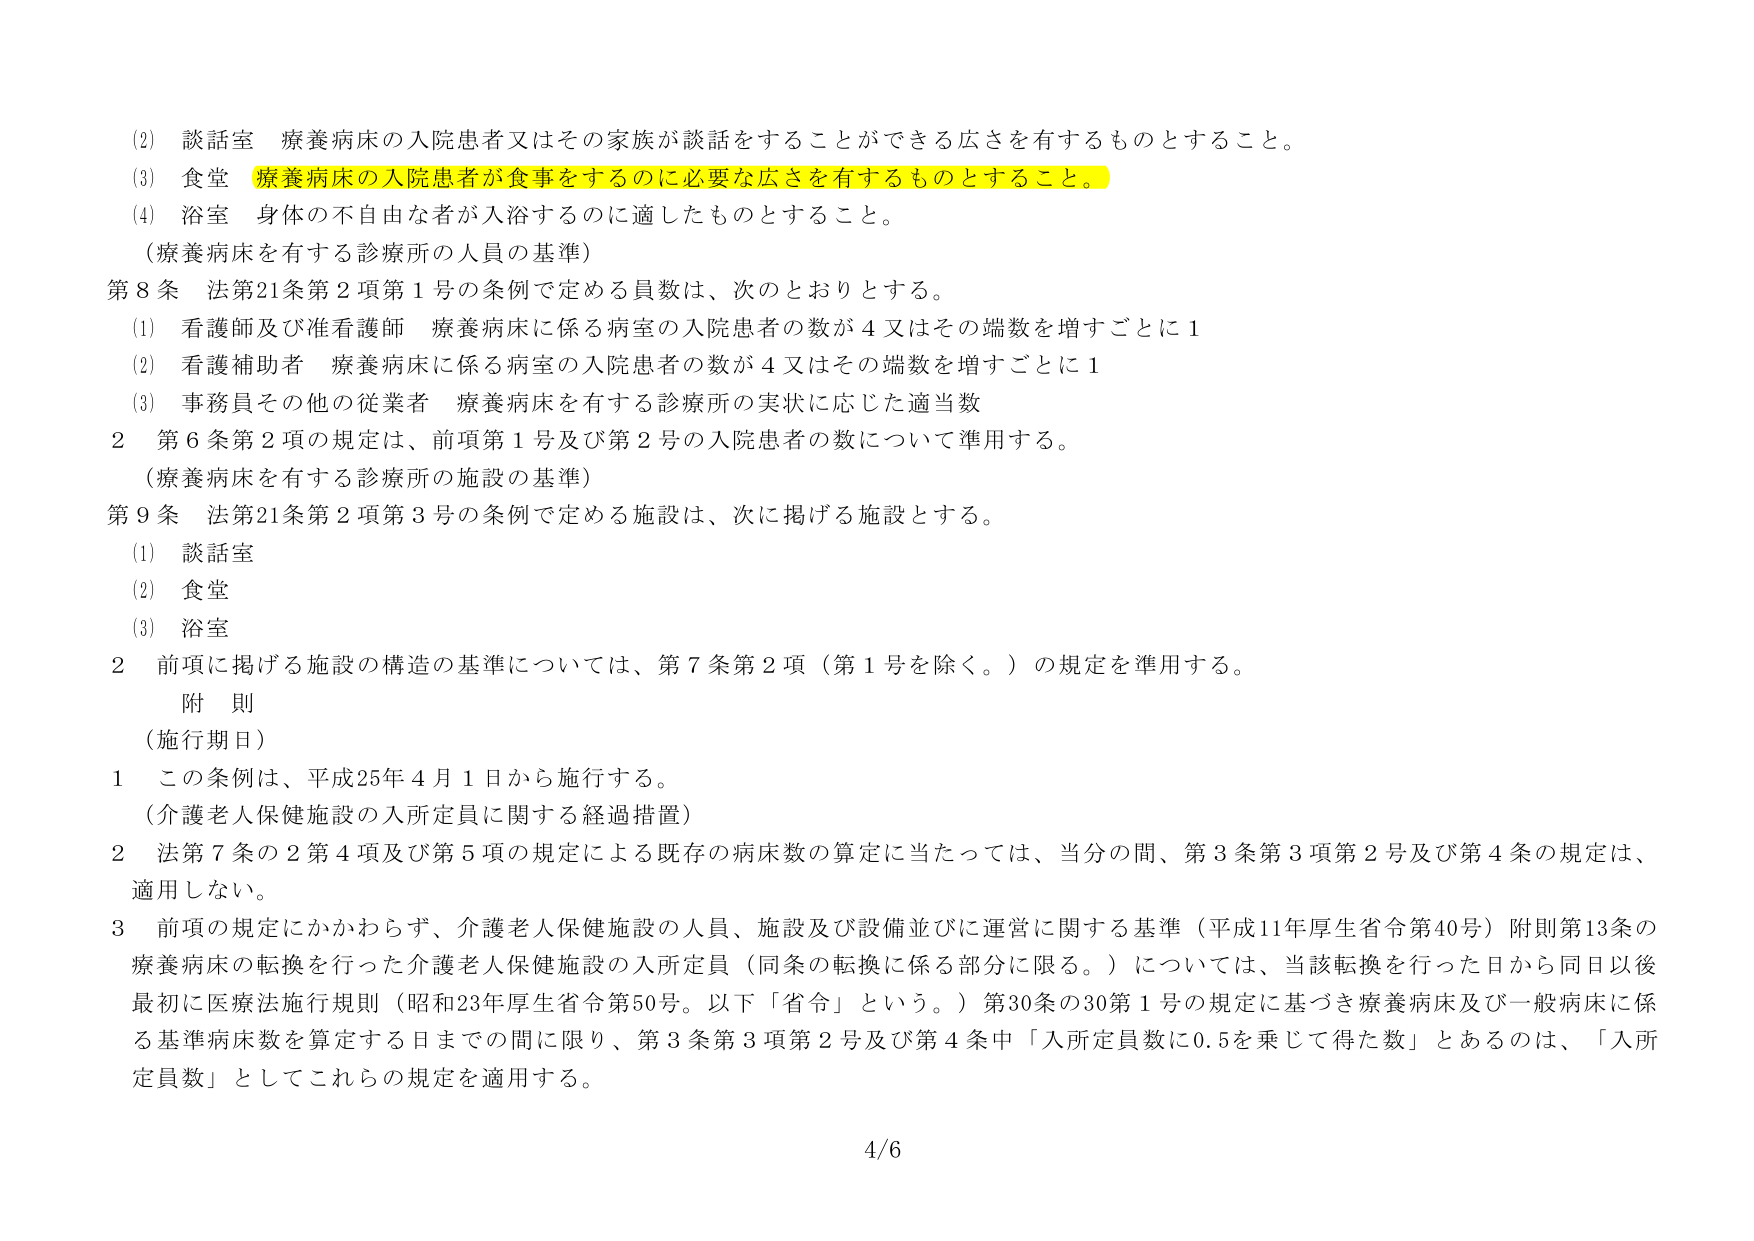
(2) 談話室 療養病床の入院患者又はその家族が談話をすることができる広さを有するものとすること。
(3) 食堂 療養病床の入院患者が食事をするのに必要な広さを有するものとすること。
(4) 浴室 身体の不自由な者が入浴するのに適したものとすること。
（療養病床を有する診療所の人員の基準）
第8条 法第21条第2項第1号の条例で定める員数は、次のとおりとする。
(1) 看護師及び准看護師 療養病床に係る病室の入院患者の数が4又はその端数を増すごとに1
(2) 看護補助者 療養病床に係る病室の入院患者の数が4又はその端数を増すごとに1
(3) 事務員その他の従業者 療養病床を有する診療所の実状に応じた適当数
2 第6条第2項の規定は、前項第1号及び第2号の入院患者の数について準用する。
（療養病床を有する診療所の施設の基準）
第9条 法第21条第2項第3号の条例で定める施設は、次に掲げる施設とする。
(1) 談話室
(2) 食堂
(3) 浴室
2 前項に掲げる施設の構造の基準については、第7条第2項（第1号を除く。）の規定を準用する。
附 則
（施行期日）
1 この条例は、平成25年4月1日から施行する。
（介護老人保健施設の入所定員に関する経過措置）
2 法第7条の2第4項及び第5項の規定による既存の病床数の算定に当たっては、当分の間、第3条第3項第2号及び第4条の規定は、適用しない。
3 前項の規定にかかわらず、介護老人保健施設の人員、施設及び設備並びに運営に関する基準（平成11年厚生省令第40号）附則第13条の療養病床の転換を行った介護老人保健施設の入所定員（同条の転換に係る部分に限る。）については、当該転換を行った日から同日以後最初に医療法施行規則（昭和23年厚生省令第50号。以下「省令」という。）第30条の30第1号の規定に基づき療養病床及び一般病床に係る基準病床数を算定する日までの間限り、第3条第3項第2号及び第4条中「入所定員数に0.5を乗じて得た数」とあるのは、「入所定員数」としてこれらの規定を適用する。
4/6